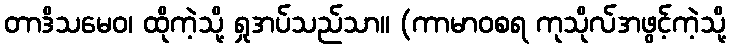
တာဒိသမေဝ၊ ထိုကဲ့သို့ ရှုအပ်သည်သာ။ (ကာမာဝစရ ကုသိုလ်အဖွင့်ကဲ့သို့